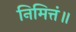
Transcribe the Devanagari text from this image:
निमित्तं॥